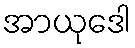
အာယုဒေါ